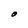
Character: O